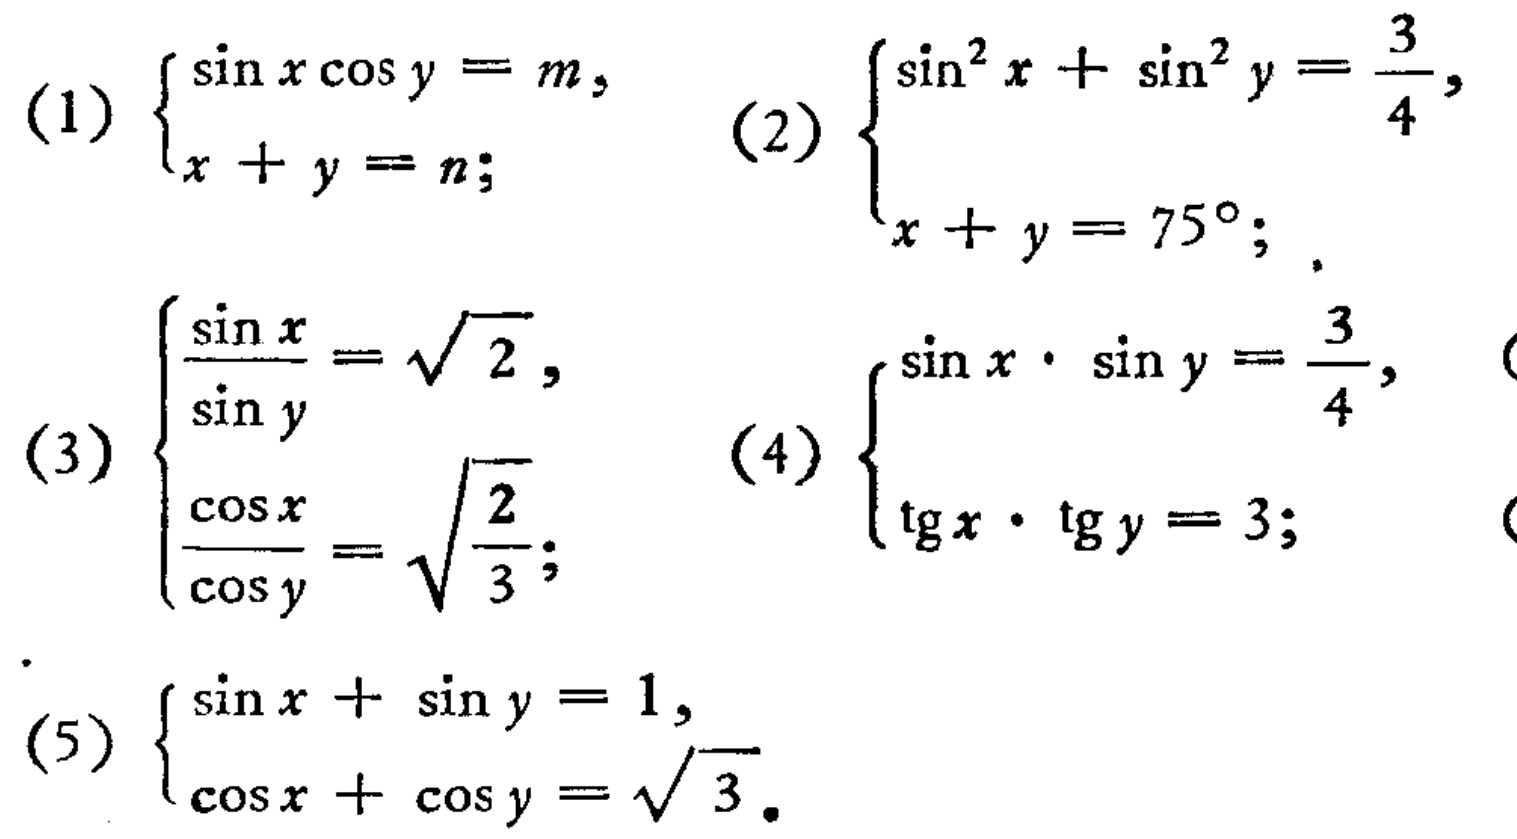
(1) \(\begin{cases}
\sin x\cos y = m,\\
x + y = n;
\end{cases}\)
(2) \(\begin{cases}
\sin^{2}x+\sin^{2}y=\frac{3}{4},\\
x + y = 75^{\circ};
\end{cases}\)
(3) \(\begin{cases}
\frac{\sin x}{\sin y}=\sqrt{2},\\
\frac{\cos x}{\cos y}=\sqrt{\frac{2}{3}};
\end{cases}\)
(4) \(\begin{cases}
\sin x\cdot\sin y=\frac{3}{4},\\
\operatorname{tg}x\cdot\operatorname{tg}y = 3;
\end{cases}\)
(5) \(\begin{cases}
\sin x+\sin y = 1,\\
\cos x+\cos y=\sqrt{3}.
\end{cases}\)